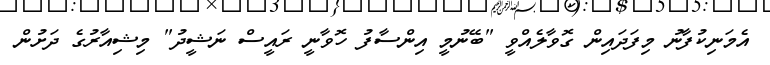
އެމަނިކުފާނު މިފަދައިން ގޮވާލެއްވީ "ބޭނުމީ އިންސާފު ހޮވާނީ ރައީސް ނަޝީދު" މިޝިއާރުގެ ދަށުން